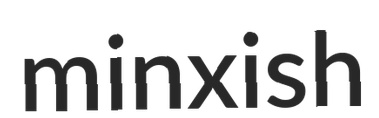
minxish